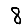
Digit: 8